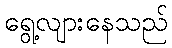
ရွေ့လျားနေသည်